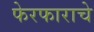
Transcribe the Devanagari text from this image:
फेरफाराचे